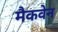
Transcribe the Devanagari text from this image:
मैकवेन